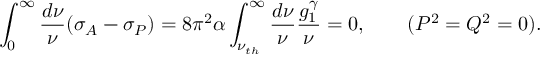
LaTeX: \int _ { 0 } ^ { \infty } { \frac { d \nu } { \nu } } ( \sigma _ { A } - \sigma _ { P } ) = 8 \pi ^ { 2 } \alpha \int _ { \nu _ { t h } } ^ { \infty } { \frac { d \nu } { \nu } } { \frac { g _ { 1 } ^ { \gamma } } { \nu } } = 0 , \ \ \ \ \ \ ( P ^ { 2 } = Q ^ { 2 } = 0 ) .